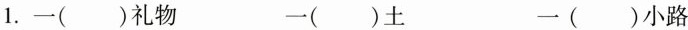
1.一( )礼物 一( )土 一( )小路